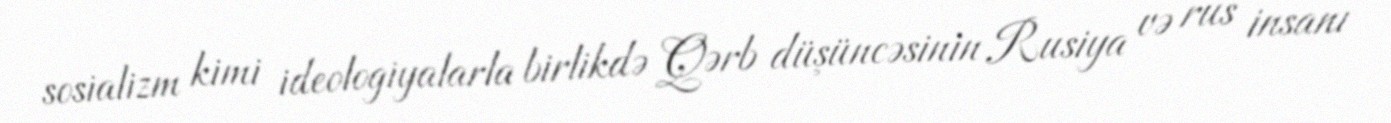
sosializm kimi ideologiyalarla birlikdə Qərb düşüncəsinin Rusiya və rus insanı